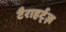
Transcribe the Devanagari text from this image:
टैराहर्ट्ज़